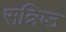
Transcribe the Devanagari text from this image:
सन्निष्ठ